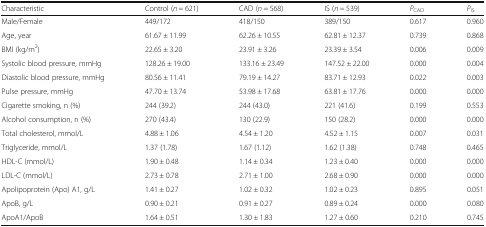
<table><thead><tr><td><b>Characteristic</b></td><td><b>Control (<i>n</i> = 621)</b></td><td><b>CAD (<i>n</i> = 568)</b></td><td><b>IS (<i>n</i> = 539)</b></td><td><b><i>P</i><sub>CAD</sub></b></td><td><b><i>P</i><sub>IS</sub></b></td></tr></thead><tbody><tr><td>Male/Female</td><td>449/172</td><td>418/150</td><td>389/150</td><td>0.617</td><td>0.960</td></tr><tr><td>Age, year</td><td>61.67 ± 11.99</td><td>62.26 ± 10.55</td><td>62.81 ± 12.37</td><td>0.739</td><td>0.868</td></tr><tr><td>BMI (kg/m<sup>2</sup>)</td><td>22.65 ± 3.20</td><td>23.91 ± 3.26</td><td>23.39 ± 3.54</td><td>0.006</td><td>0.009</td></tr><tr><td>Systolic blood pressure, mmHg</td><td>128.26 ± 19.00</td><td>133.16 ± 23.49</td><td>147.52 ± 22.00</td><td>0.000</td><td>0.004</td></tr><tr><td>Diastolic blood pressure, mmHg</td><td>80.56 ± 11.41</td><td>79.19 ± 14.27</td><td>83.71 ± 12.93</td><td>0.022</td><td>0.003</td></tr><tr><td>Pulse pressure, mmHg</td><td>47.70 ± 13.74</td><td>53.98 ± 17.68</td><td>63.81 ± 17.76</td><td>0.000</td><td>0.000</td></tr><tr><td>Cigarette smoking, n (%)</td><td>244 (39.2)</td><td>244 (43.0)</td><td>221 (41.6)</td><td>0.199</td><td>0.553</td></tr><tr><td>Alcohol consumption, n (%)</td><td>270 (43.4)</td><td>130 (22.9)</td><td>150 (28.2)</td><td>0.000</td><td>0.000</td></tr><tr><td>Total cholesterol, mmol/L</td><td>4.88 ± 1.06</td><td>4.54 ± 1.20</td><td>4.52 ± 1.15</td><td>0.007</td><td>0.031</td></tr><tr><td>Triglyceride, mmol/L</td><td>1.37 (1.78)</td><td>1.67 (1.12)</td><td>1.62 (1.38)</td><td>0.748</td><td>0.465</td></tr><tr><td>HDL-C (mmol/L)</td><td>1.90 ± 0.48</td><td>1.14 ± 0.34</td><td>1.23 ± 0.40</td><td>0.000</td><td>0.000</td></tr><tr><td>LDL-C (mmol/L)</td><td>2.73 ± 0.78</td><td>2.71 ± 1.00</td><td>2.68 ± 0.90</td><td>0.000</td><td>0.000</td></tr><tr><td>Apolipoprotein (Apo) A1, g/L</td><td>1.41 ± 0.27</td><td>1.02 ± 0.32</td><td>1.02 ± 0.23</td><td>0.895</td><td>0.051</td></tr><tr><td>ApoB, g/L</td><td>0.90 ± 0.21</td><td>0.91 ± 0.27</td><td>0.89 ± 0.24</td><td>0.000</td><td>0.080</td></tr><tr><td>ApoA1/ApoB</td><td>1.64 ± 0.51</td><td>1.30 ± 1.83</td><td>1.27 ± 0.60</td><td>0.210</td><td>0.745</td></tr></tbody></table>